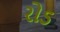
રોડ